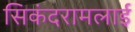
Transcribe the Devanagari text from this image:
सिकंदरामलाई